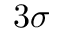
3 \sigma